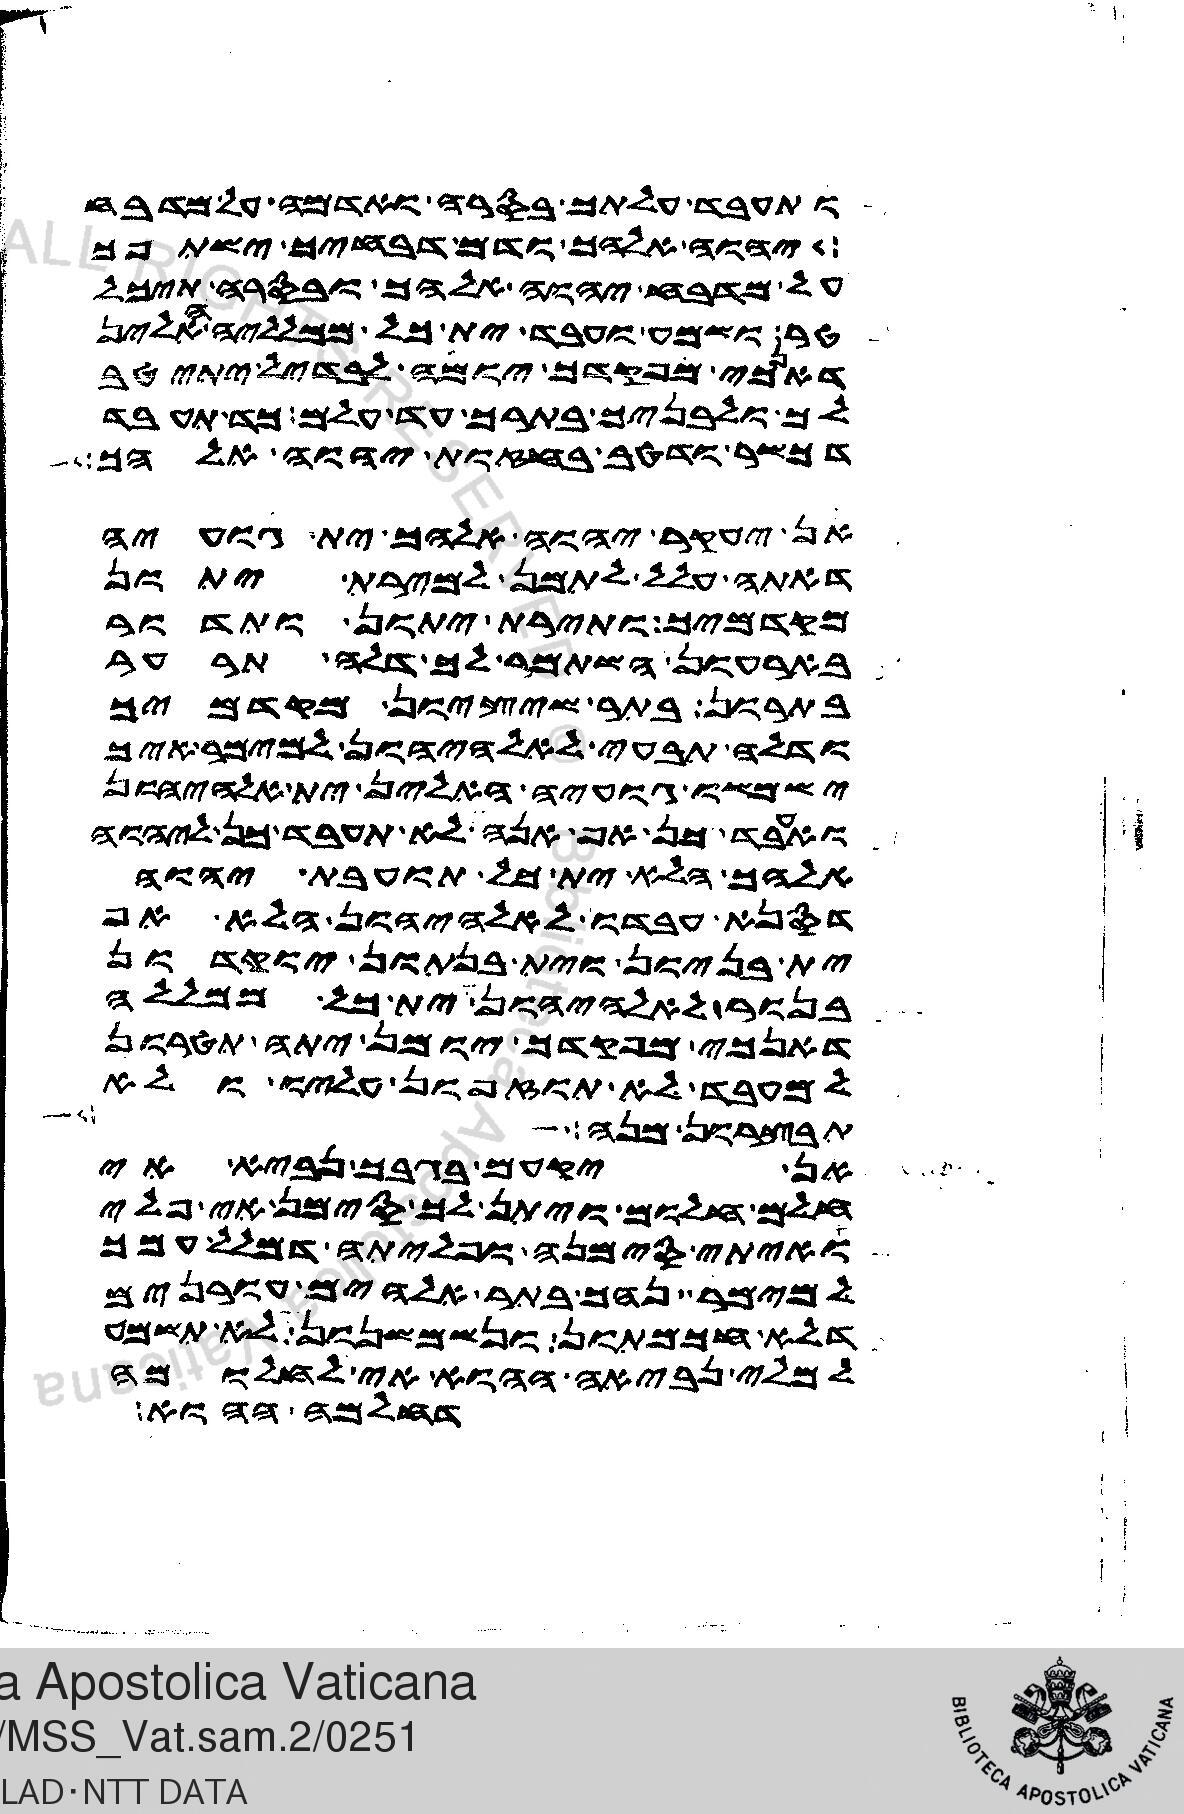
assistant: ותעבד עלתך בסרה ואדמה על מדבח
יהוה אלהך ודם דבחיך ישתפך
על מדבח יהוה אלהך ובסרה תיכל
טר ותשמע ותעבד ית כל ממלליה האלין
דאנכי מפקדך יומה לבדיל יתיטב
לך ולבניך בתרך עד עלם כד תעבד
דכשר ודטב בחזות יהוה אלהך
אן יעקר יהוה אלהך ית גועיה
דאתה עלל לתמן למירת יתון
מקדמיך ותירת יתון ותדור
בארעון השתמר לך דלה תרער
בתרון בתר שיציון מקדמיך
ודלה תבעי לאלהיהון למימר איך
ישמשו גועיה האלין ית אלהיהון
ואעבד כן אף אנה לא תעבד כן ליהוה
אלהך הלא ית כל תועבת יהוה
דסנא עבדו לאלהיהון הלא אף
ית בניון וית בנתון יוקדון
בנור לאלהיהון ית כל ממללה
דאנכי מפקדך יומן יתה תטרון
למעבד לא תוזפון עליו ולא
תבצרון מנה
אן יקעם בגבך נביא אי
חלום חלום ויתן לך סימן אי פלי
ואיתי סימנה ופליתה דמלל עמך
למימר נהך בתר אלהים עורנים
דלא חכמתון ונשמשנון לא תשמע
למלי נביאה ההוא אי לחלומה
דחלמה ההוא